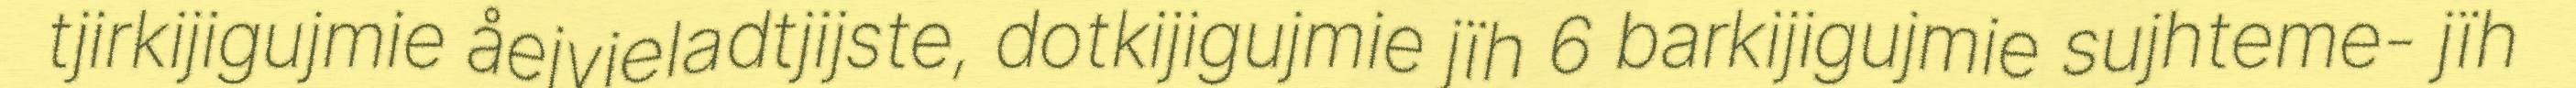
tjirkijigujmie åejvieladtjijste, dotkijigujmie jïh 6 barkijigujmie sujhteme- jïh